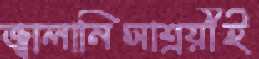
জ্বালানিসাশ্রয়ীই